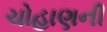
ચોહાણની